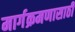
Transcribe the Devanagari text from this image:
मार्गक्रमणासाठी